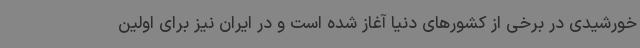
خورشیدی در برخی از کشورهای دنیا آغاز شده است و در ایران نیز برای اولین